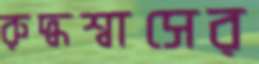
রুদ্ধশ্বাসের